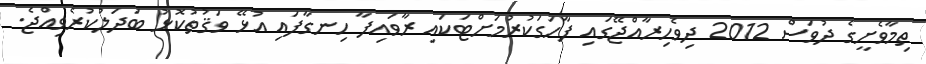
ތިމާވެށީގެ ދުވަސް 2012 ދިވެހިރާއްޖޭގައި ފާހަގަކުރުމަށްޓަކައި ރާވައިފާ ހިނގާފައި އުޅޭ ވަޤުތުކޮޅު ބަދަލުކުރެވިއްޖެ.